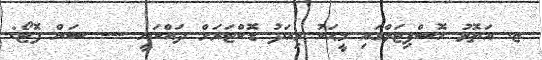
ޏ. އަތޮޅު ހޮސްޕިޓަލްގައި މީޙަކު މިއަދު ޑޮކްޓަރަށް ދައްކަނީ --- ސަން ފޮޓޯ: